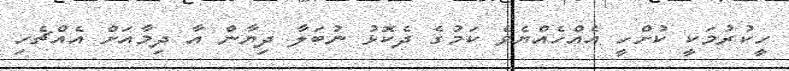
ހީކުރުމަކީ ކުށްހީ އެއްހެއްޔެވެ ކަމުގެ ދެކޮޅު ނުބަލާ ދިޔާން އާ ދިމާއަށް އެއްޗެހި